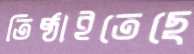
তিষ্ঠাইতেছে